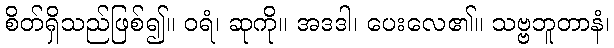
စိတ်ရှိသည်ဖြစ်၍။ ဝရံ၊ ဆုကို။ အဒဒါ၊ ပေးလေ၏။ သဗ္ဗဘူတာနံ၊